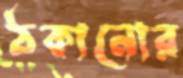
ঠকানোর